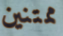
ممتنين